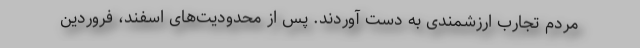
مردم تجارب ارزشمندی به دست آوردند. پس از محدودیت‌های اسفند، فروردین